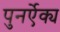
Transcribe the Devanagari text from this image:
पुनर्ऐक्य